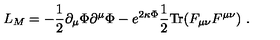
L _ { M } = - \frac { 1 } { 2 } \partial _ { \mu } \Phi \partial ^ { \mu } \Phi - e ^ { 2 \kappa \Phi } \frac { 1 } { 2 } \mathrm { T r } ( F _ { \mu \nu } F ^ { \mu \nu } ) \ .